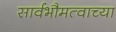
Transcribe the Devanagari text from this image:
सार्वभौमत्वाच्या